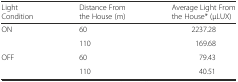
<table><thead><tr><td><b>Light Condition</b></td><td><b>Distance From the House (m)</b></td><td><b>Average Light From the House* (μLUX)</b></td></tr></thead><tbody><tr><td>ON</td><td>60</td><td>2237.28</td></tr><tr><td></td><td>110</td><td>169.68</td></tr><tr><td>OFF</td><td>60</td><td>79.43</td></tr><tr><td></td><td>110</td><td>40.51</td></tr></tbody></table>